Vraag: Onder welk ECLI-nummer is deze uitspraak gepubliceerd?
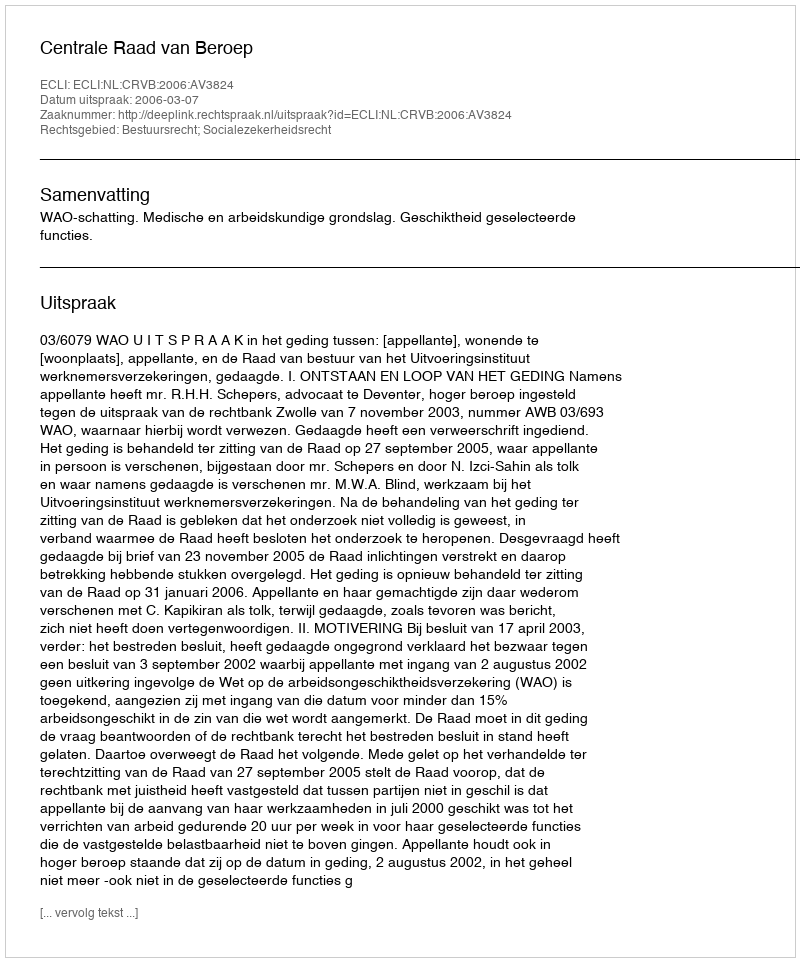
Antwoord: ECLI:NL:CRVB:2006:AV3824